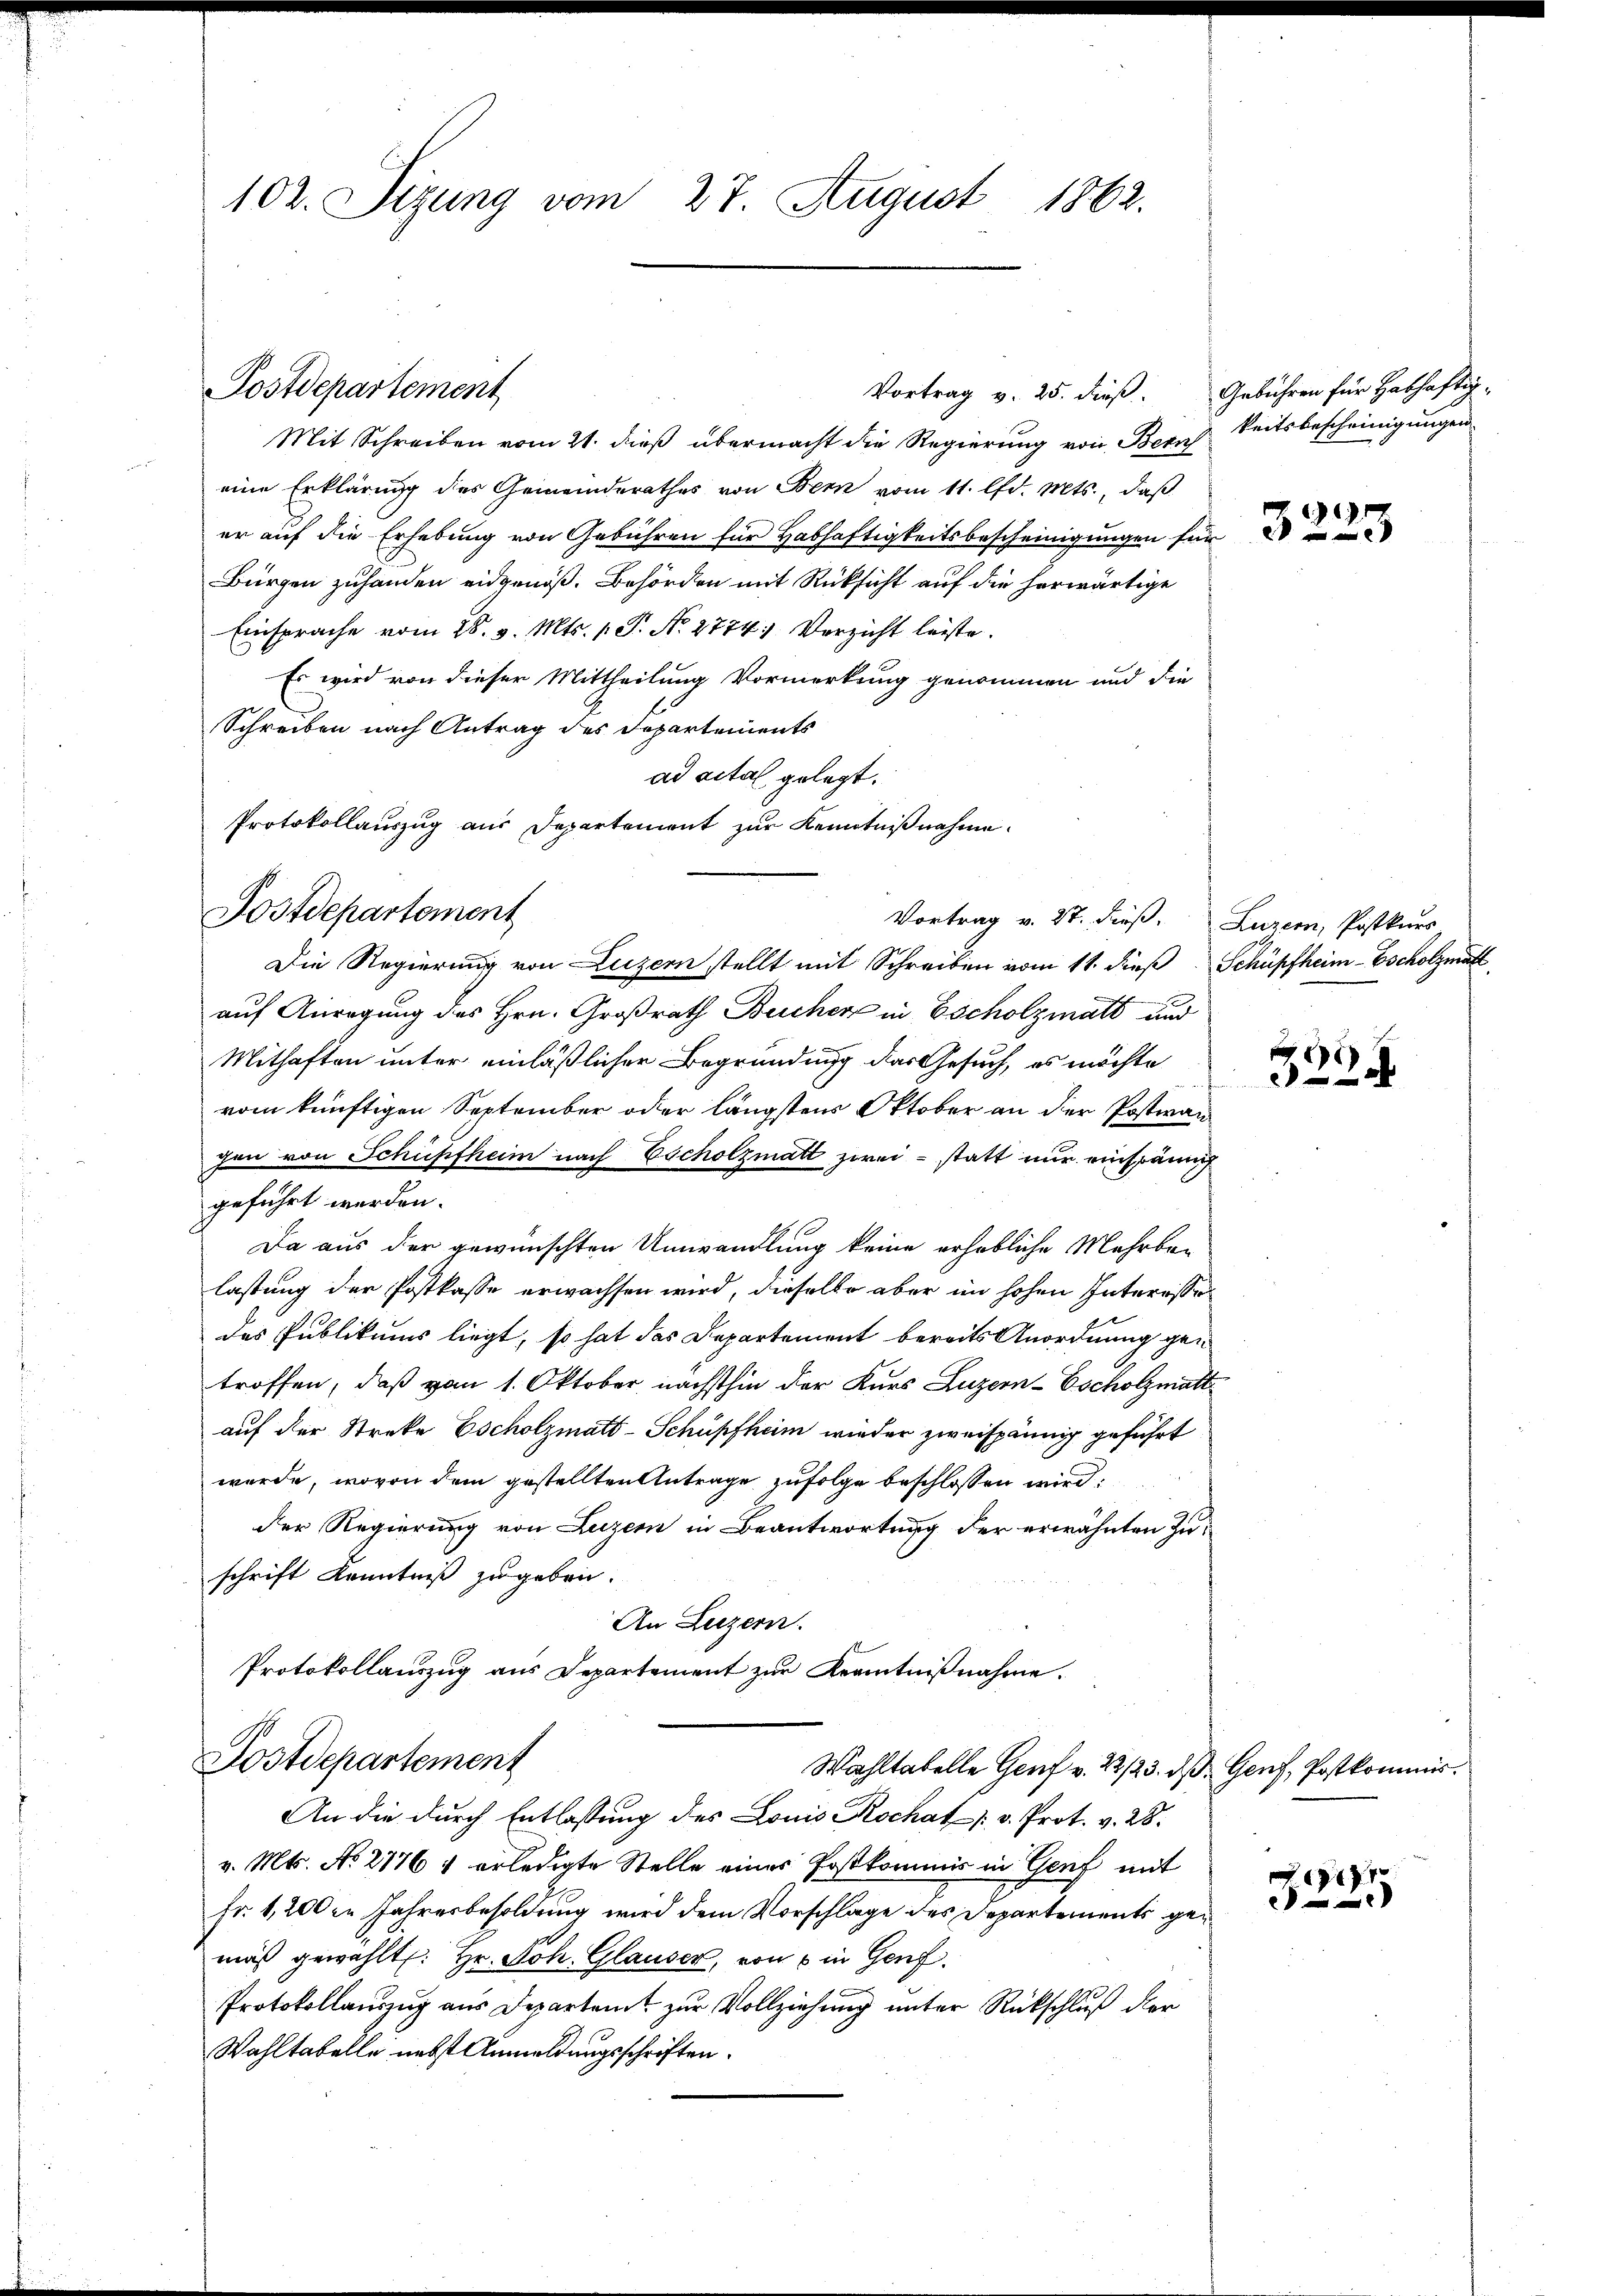
102. Sizung vom 27. August 1862.

Postdepartement

Postdepartement

Vortrag v. 25. dieß. Gebühren für Habhaftig-
Mit Schreiben vom 21. dieß übermacht die Regierung von Bern Seitsbescheinigungen
eine Erklärung des Gemeinderathes von Bern vom 11. lfd. Mts., daß
er auf die Erhebung von Gebühren für Habhaftigkeitsbescheinigungen für
Bürgen zuhanden eidgenöß. Behörden mit Rücksicht auf die herwärtige
Einsprache vom 28. v. Mts. 1. P. N. 2774; Verzicht leiste.
Es wird von dieser Mittheilung Vormerkung genommen und die
Schreiben nach Antrag des Departements
ad vital gelegt.
Protokollauszug aus Departement zur Kenntnißnahme.
Die Regierung von Luzern stellt mit Schreiben vom 11. dieß Schüpfheim-Bscholzmatt
auf Anregung des Hrn. Großrath Bucher in Escholzmatt und
Mithaften unter einläßlicher Begründung das Gesuch, es möchte
vom künftigen September oder längstens Oktober an der Postman
gen von Schüpfheim nach Escholzmatt zwei - statt nur einspänni
geführt werden.
Da aus der gewünschten Umwandlung keine erhebliche Mehrbalastung der Postkasse erwachsen wird, dieselbe aber im hohen Interessodes Publikums liegt, so hat das Departement bereits Anordnung ge-
troffen, daß vom 1. Oktober nächsthin der Kurs Luzern-Escholzmatt
auf der Streke Escholzmatt-Schüpfheim wieder zweispännig geführt
wurde, wovon dem gestellten Antrage zufolge beschlossen wird
der Regierung von Luzern in Beantwortung der erwähnten Zuschrift Kenntniß zugeben.
An Luzern.
Protokollauszug aus Departement zur Kenntnißnahme.
Postdepartement
Wahltabelle Genf v. 22./23. d. Genf, Postkommis.
An die durch Entlassung des Louis Rochat. v. Prot. v. 28.
v. Mts. No 2776 & erledigte Stelle eines Postkommis in Genf mit
Fr. 1,200 in Jahresbesoldung wird dem Vorschlage des Departements gemaß gewählt: Hr. Joh. Glauser, von 6 in Genf
Protokollauszug aus Departen zur Vollziehung unter Rückschluß der
Wahltabelle nebst Anmeldungsschriften.

Vortrag v. 27. dieß. Luzern, Postkurs

nau

3225

)
2

77
)